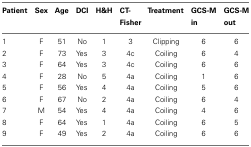
<table><thead><tr><td><b>Patient</b></td><td><b>Sex</b></td><td><b>Age</b></td><td><b>DCI</b></td><td><b>H&amp;H</b></td><td><b>CT- Fisher</b></td><td><b>Treatment</b></td><td><b>GCS-M in</b></td><td><b>GCS-M out</b></td></tr></thead><tbody><tr><td>1</td><td>F</td><td>51</td><td>No</td><td>1</td><td>3</td><td>Clipping</td><td>6</td><td>6</td></tr><tr><td>2</td><td>F</td><td>73</td><td>Yes</td><td>3</td><td>4c</td><td>Coiling</td><td>6</td><td>4</td></tr><tr><td>3</td><td>F</td><td>64</td><td>Yes</td><td>3</td><td>4c</td><td>Coiling</td><td>6</td><td>6</td></tr><tr><td>4</td><td>F</td><td>28</td><td>No</td><td>5</td><td>4a</td><td>Coiling</td><td>1</td><td>6</td></tr><tr><td>5</td><td>F</td><td>56</td><td>Yes</td><td>4</td><td>4a</td><td>Coiling</td><td>5</td><td>6</td></tr><tr><td>6</td><td>F</td><td>67</td><td>No</td><td>2</td><td>4a</td><td>Coiling</td><td>6</td><td>4</td></tr><tr><td>7</td><td>M</td><td>54</td><td>Yes</td><td>4</td><td>4a</td><td>Coiling</td><td>4</td><td>6</td></tr><tr><td>8</td><td>F</td><td>64</td><td>Yes</td><td>1</td><td>4a</td><td>Coiling</td><td>6</td><td>5</td></tr><tr><td>9</td><td>F</td><td>49</td><td>Yes</td><td>2</td><td>4a</td><td>Coiling</td><td>6</td><td>6</td></tr></tbody></table>